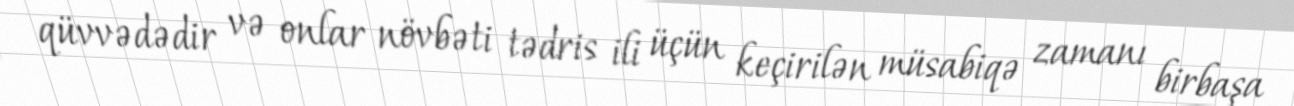
qüvvədədir və onlar növbəti tədris ili üçün keçirilən müsabiqə zamanı birbaşa